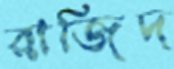
রাজিদ